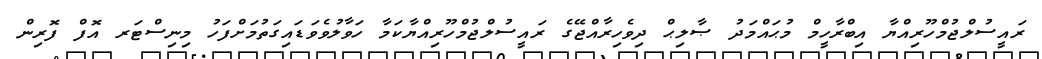
ރައީސުލްޖުމްހޫރިއްޔާ އިބްރާހީމް މުޙައްމަދު ޞާލިޙް ދިވެހިރާއްޖޭގެ ރައީސުލްޖުމްހޫރިއްޔާކަމާ ހަވާލުވެވަޑައިގަތުމަށްފަހު މިނިސްޓަރ އޮފް ފޮރިން